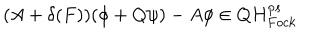
LaTeX: ( A + \delta ( F ) ) ( \phi + Q \psi ) - A \phi \in Q H _ { F o c k } ^ { p s }